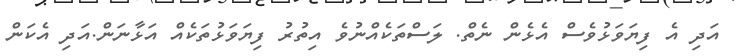
އަދި އެ ފިޔަވަޅުވެސް އެޅެން ނެތް. ލަސްތަކެއްނުވެ އިތުރު ފިޔަވަޅުތަކެއް އަޅާނަން.އަދި އެކަން